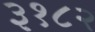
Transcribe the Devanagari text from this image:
३१८२